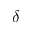
\delta